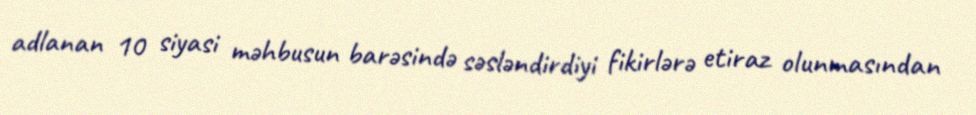
adlanan 10 siyasi məhbusun barəsində səsləndirdiyi fikirlərə etiraz olunmasından